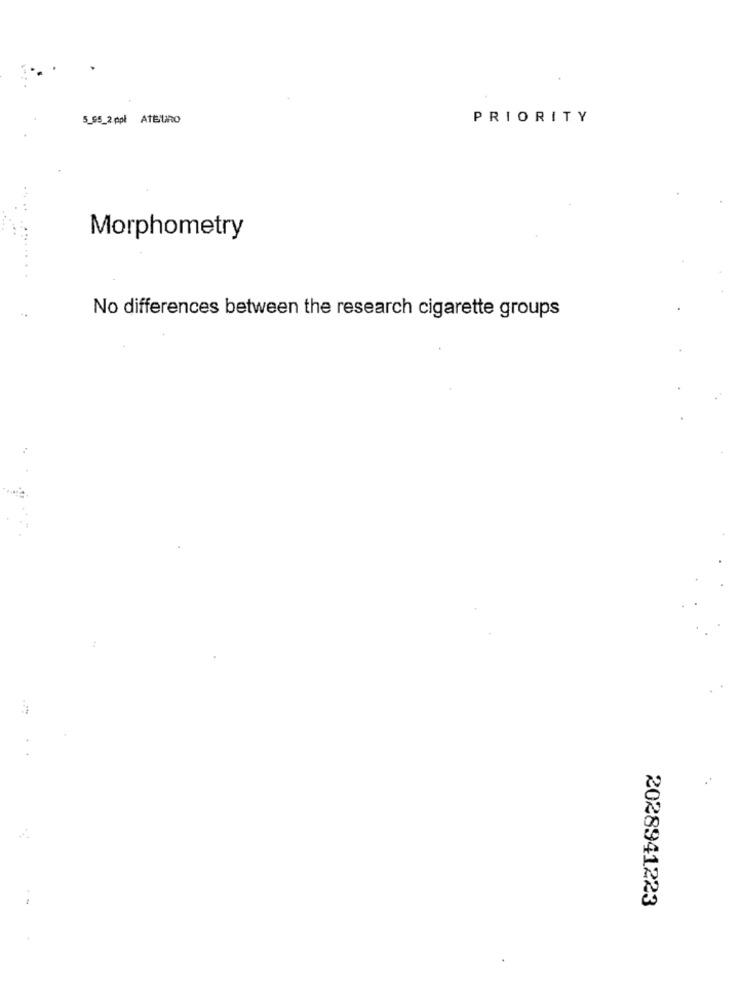
5_95_2 ppl ATBUDO
PRIORITY
Morphometry
No differences between the research cigarette groups
2028941223